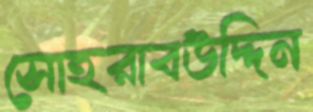
সোহরাবউদ্দিন